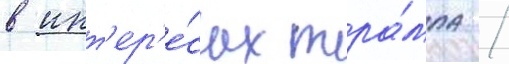
в инт'ер'е́сах тра́мпа /